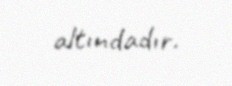
altındadır.